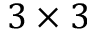
3 \times 3